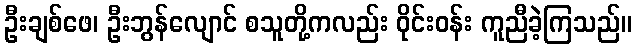
ဦးချစ်ဖေ၊ ဦးဘွန်လျောင် စသူတို့ကလည်း ဝိုင်းဝန်း ကူညီခဲ့ကြသည်။